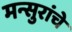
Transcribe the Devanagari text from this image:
मन्सुरांचे